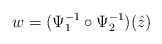
\begin{align*}w=(\Psi_1^{-1}\circ\Psi_2^{-1})(\hat z)\end{align*}